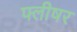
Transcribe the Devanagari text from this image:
फ्लीषर